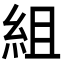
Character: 組